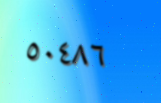
٥٠٤٨٦